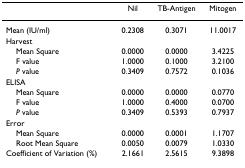
|  | Nil | TB-Antigen | Mitogen |
 | --- | --- | --- | --- |
 | Mean (IU/ml) | 0.2308 | 0.3071 | 11.0017 |
 | Harvest |  |  |  |
 | Mean Square | 0.0000 | 0.0000 | 3.4225 |
 | F value | 1.0000 | 0.1000 | 3.2100 |
 | P value | 0.3409 | 0.7572 | 0.1036 |
 | ELISA |  |  |  |
 | Mean Square | 0.0000 | 0.0000 | 0.0770 |
 | F value | 1.0000 | 0.4000 | 0.0700 |
 | P value | 0.3409 | 0.5393 | 0.7937 |
 | Error |  |  |  |
 | Mean Square | 0.0000 | 0.0001 | 1.1707 |
 | Root Mean Square | 0.0050 | 0.0079 | 1.0330 |
 | Coefficient of Variation (%) | 2.1661 | 2.5615 | 9.3898 |